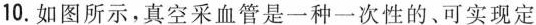
10.如图所示，真空采血管是一种一次性的、可实现定